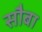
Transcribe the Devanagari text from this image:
सौबा